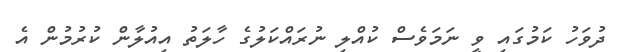
ދުވަހު ކަމުގައި ވީ ނަމަވެސް ކުއްލި ނުރައްކަލުގެ ހާލަތު އިއުލާން ކުރުމުން އެ